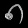
Digit: ၈